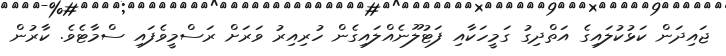
ޖައިދަން ކަޅުކުލައިގެ އަތްދިގު ގަމީހަކާއި ފަޓުލޫނެއްލައިގެން ހުރިއިރު ވަރަށް ރަސްމީވެފައި ސްމާޓެވެ. ކާރުން